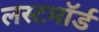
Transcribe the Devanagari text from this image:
लस्टमॉर्ड